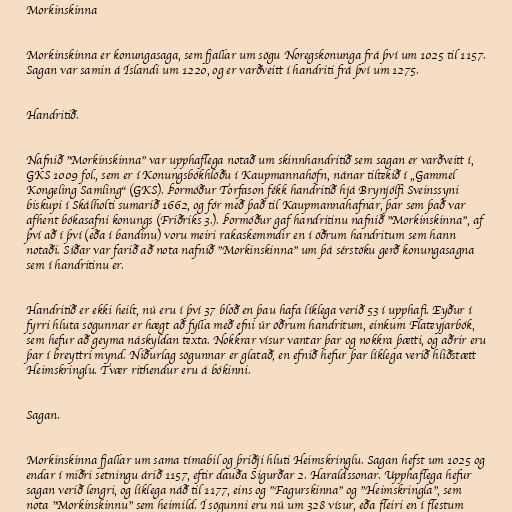
Morkinskinna

Morkinskinna er konungasaga, sem fjallar um sögu Noregskonunga frá því um 1025 til 1157.
Sagan var samin á Íslandi um 1220, og er varðveitt í handriti frá því um 1275.

Handritið.

Nafnið "Morkinskinna" var upphaflega notað um skinnhandritið sem sagan er varðveitt í,
GKS 1009 fol., sem er í Konungsbókhlöðu í Kaupmannahöfn, nánar tiltekið í „Gammel
Kongeling Samling“ (GKS). Þormóður Torfason fékk handritið hjá Brynjólfi Sveinssyni
biskupi í Skálholti sumarið 1662, og fór með það til Kaupmannahafnar, þar sem það var
afhent bókasafni konungs (Friðriks 3.). Þormóður gaf handritinu nafnið "Morkinskinna", af
því að í því (eða í bandinu) voru meiri rakaskemmdir en í öðrum handritum sem hann
notaði. Síðar var farið að nota nafnið "Morkinskinna" um þá sérstöku gerð konungasagna
sem í handritinu er.

Handritið er ekki heilt, nú eru í því 37 blöð en þau hafa líklega verið 53 í upphafi. Eyður í
fyrri hluta sögunnar er hægt að fylla með efni úr öðrum handritum, einkum Flateyjarbók,
sem hefur að geyma náskyldan texta. Nokkrar vísur vantar þar og nokkra þætti, og aðrir eru
þar í breyttri mynd. Niðurlag sögunnar er glatað, en efnið hefur þar líklega verið hliðstætt
Heimskringlu. Tvær rithendur eru á bókinni.

Sagan.

Morkinskinna fjallar um sama tímabil og þriðji hluti Heimskringlu. Sagan hefst um 1025 og
endar í miðri setningu árið 1157, eftir dauða Sigurðar 2. Haraldssonar. Upphaflega hefur
sagan verið lengri, og líklega náð til 1177, eins og "Fagurskinna" og "Heimskringla", sem
nota "Morkinskinnu" sem heimild. Í sögunni eru nú um 328 vísur, eða fleiri en í flestum